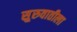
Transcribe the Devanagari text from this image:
सु्रुवातीला